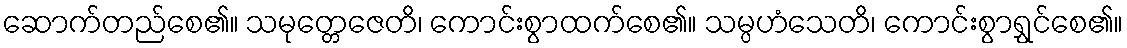
ဆောက်တည်စေ၏။ သမုတ္တေဇေတိ၊ ကောင်းစွာထက်စေ၏။ သမ္ပဟံသေတိ၊ ကောင်းစွာရွှင်စေ၏။